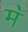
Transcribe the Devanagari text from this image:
म॓